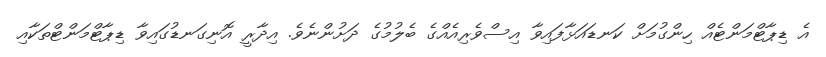
އެ ޑިޕާޓްމަންޓެއް ހިންގުމަށް ކަނޑައަޅާފައިވާ އިސްވެރިއެއްގެ ބެލުމުގެ ދަށުންނެވެ. އިދާރީ އޮނިގަނޑުގައިވާ ޑިޕާޓްމަންޓްތަކާއި